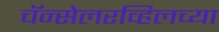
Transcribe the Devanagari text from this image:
चॅन्सेलरव्हिलच्या